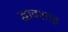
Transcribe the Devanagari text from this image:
द्वादशाह